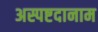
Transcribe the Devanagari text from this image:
अस्पष्टदानाम